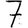
Digit: 7